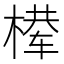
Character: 𰘈